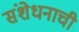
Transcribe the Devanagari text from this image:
संशेधनाची